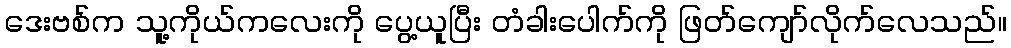
ဒေးဗစ်က သူ့ကိုယ်ကလေးကို ပွေ့ယူပြီး တံခါးပေါက်ကို ဖြတ်ကျော်လိုက်လေသည်။